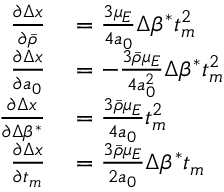
\begin{array} { r l } { \frac { \partial \Delta x } { \partial \bar { \rho } } } & { { } = \frac { 3 \mu _ { E } } { 4 a _ { 0 } } \Delta \beta ^ { * } t _ { m } ^ { 2 } } \\ { \frac { \partial \Delta x } { \partial a _ { 0 } } } & { { } = - \frac { 3 \bar { \rho } \mu _ { E } } { 4 a _ { 0 } ^ { 2 } } \Delta \beta ^ { * } t _ { m } ^ { 2 } } \\ { \frac { \partial \Delta x } { \partial \Delta \beta ^ { * } } } & { { } = \frac { 3 \bar { \rho } \mu _ { E } } { 4 a _ { 0 } } t _ { m } ^ { 2 } } \\ { \frac { \partial \Delta x } { \partial t _ { m } } } & { { } = \frac { 3 \bar { \rho } \mu _ { E } } { 2 a _ { 0 } } \Delta \beta ^ { * } t _ { m } } \end{array}